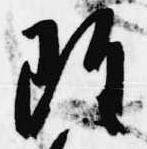
雖